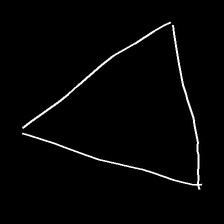
Glyph: convergence